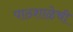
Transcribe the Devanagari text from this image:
पाठशाळेची